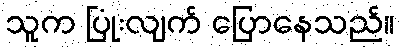
သူက ပြုံးလျက် ပြောနေသည်။